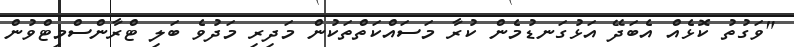
"ވަގުތު ކޮޅެއް އެބަދޭ އަޅުގަނޑުމެން ކުރާ މަސައްކަތްތަކުން މަދިރި މަދުވެ ބަލި ޓްރާންސްމިޓްވުން